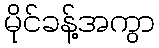
မိုင်ခန့်အကွာ